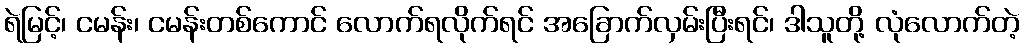
ရဲမြင့်၊ ငမန်း၊ ငမန်းတစ်ကောင် လောက်ရလိုက်ရင် အခြောက်လှမ်းပြီးရင်၊ ဒါသူတို့ လုံလောက်တဲ့